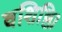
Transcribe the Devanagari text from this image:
वशिष्ठि।